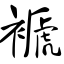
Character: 褫